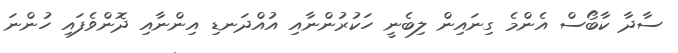
ސާދާ ކާބޯސް އެންމެ ގިނައިން ލިބެނީ ހަކުރުންނާއި އުއްދަނޑި އިންނާއި ދޮންވެފައި ހުންނަ